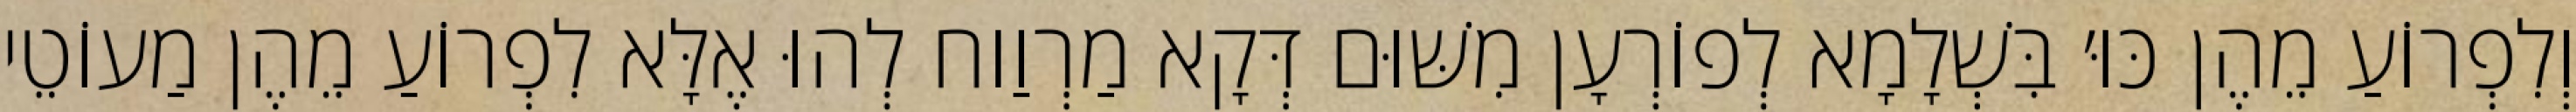
וְלִפְרוֹעַ מֵהֶן כּוּ׳ בִּשְׁלָמָא לְפוֹרְעָן מִשּׁוּם דְּקָא מַרְוַוח לְהוּ אֶלָּא לִפְרוֹעַ מֵהֶן מַעוֹטֵי